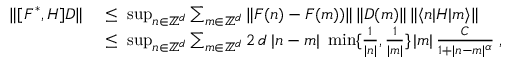
\begin{array} { r l } { \| [ F ^ { * } , H ] D \| } & { \; \leq \; \operatorname* { s u p } _ { n \in { \mathbb Z } ^ { d } } \sum _ { m \in { \mathbb Z } ^ { d } } \| F ( n ) - F ( m ) ) \| \, \| D ( m ) \| \, \| \langle n | H | m \rangle \| } \\ & { \; \leq \; \operatorname* { s u p } _ { n \in { \mathbb Z } ^ { d } } \sum _ { m \in { \mathbb Z } ^ { d } } 2 \, d \; | n - m | \; \operatorname* { m i n } \{ \frac { 1 } { | n | } , \frac { 1 } { | m | } \} \, | m | \, \frac { C } { 1 + | n - m | ^ { \alpha } } \; , } \end{array}